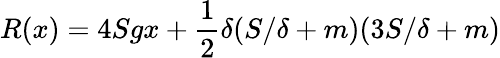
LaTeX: R(x)=4Sgx+{\frac{1}{2}}\delta(S/\delta+m)(3S/\delta+m)